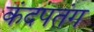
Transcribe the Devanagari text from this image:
कंदपतंग